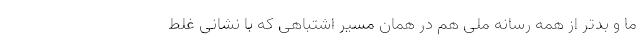
ما و بدتر از همه رسانه‌ ملی هم در همان مسیر اشتباهی که با نشانی غلط